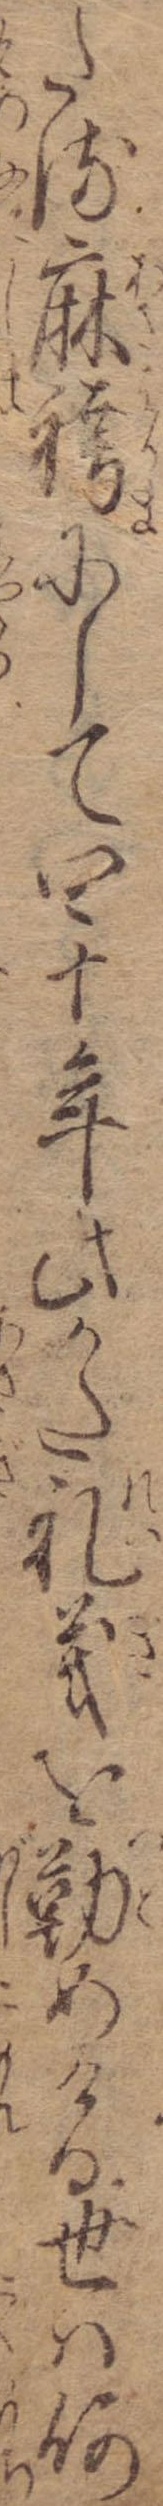
たる麻袴にして四十年此かた礼義を勤めける世は何